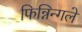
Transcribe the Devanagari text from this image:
फिन्निन्गले